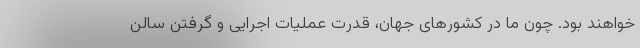
خواهند بود. چون ما در کشورهای جهان، قدرت عملیات اجرایی و گرفتن سالن